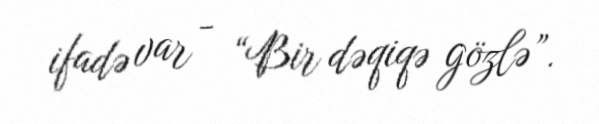
ifadə var - “Bir dəqiqə gözlə”.